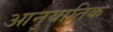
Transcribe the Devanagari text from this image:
आनुयातिक